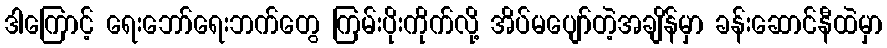
ဒါကြောင့် ရေးဘော်ရေးဘက်တွေ ကြမ်းပိုးကိုက်လို့ အိပ်မပျော်တဲ့အချိန်မှာ ခန်းဆောင်နီထဲမှာ